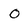
Character: 0